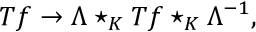
T f \rightarrow \Lambda \star _ { K } T f \star _ { K } \Lambda ^ { - 1 } ,